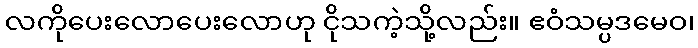
လကိုပေးလောပေးလောဟု ငိုသကဲ့သို့လည်း။ ဧဝံသမ္ပဒမေဝ၊